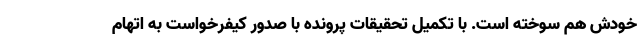
خودش هم سوخته است. با تکمیل تحقیقات پرونده با صدور کیفرخواست به اتهام